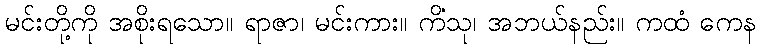
မင်းတို့ကို အစိုးရသော။ ရာဇာ၊ မင်းကား။ ကိံသု၊ အဘယ်နည်း။ ကထံ ကေန